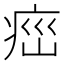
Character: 𤶆